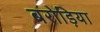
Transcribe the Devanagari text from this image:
बरोड़िया